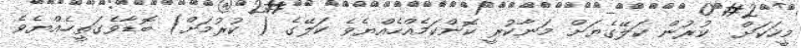
މީހަކަށް  ކުރުން ކަލޭގެޔަށް މަނާކުރީ ކޮންކަމެއްހެއްޔެވެ ކަލޭގެ ( ކުރުމަށް) ބޮޑާވެގަތީހެއްޔެވެ